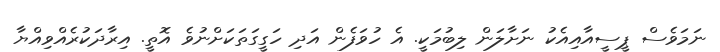
ނަމަވެސް ޕީސީއާއިއެކު ނަށާލަން ލިބުމަކީ. އެ ހުވަފެން އަދި ހަގީގަތަކަށްނުވެ އޮތީ. އިރާދަކުރެއްވިއްޔާ